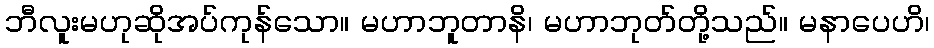
ဘီလူးမဟုဆိုအပ်ကုန်သော။ မဟာဘူတာနိ၊ မဟာဘုတ်တို့သည်။ မနာပေဟိ၊